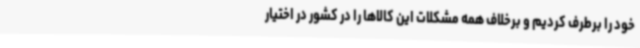
خود را برطرف کردیم و برخلاف همه مشکلات این کالاها را در کشور در اختیار